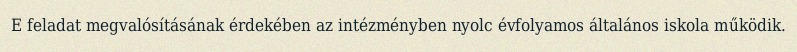
E feladat megvalósításának érdekében az intézményben nyolc évfolyamos általános iskola működik.